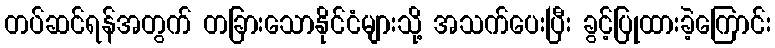
တပ်ဆင်ရန်အတွက် တခြားသောနိုင်ငံများသို့ အသက်ပေးပြီး ခွင့်ပြုထားခဲ့ကြောင်း